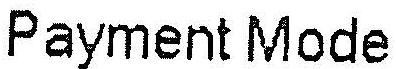
PAYMENT MODE